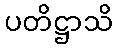
ပတိဋ္ဌာသိ